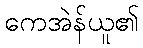
ကေအဲန်ယူ၏